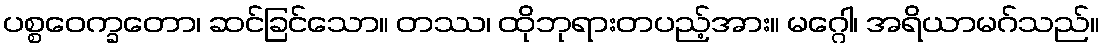
ပစ္စဝေက္ခတော၊ ဆင်ခြင်သော။ တဿ၊ ထိုဘုရားတပည့်အား။ မဂ္ဂေါ၊ အရိယာမဂ်သည်။